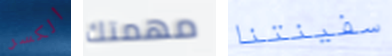
الكسر مهمتك سفينتنا